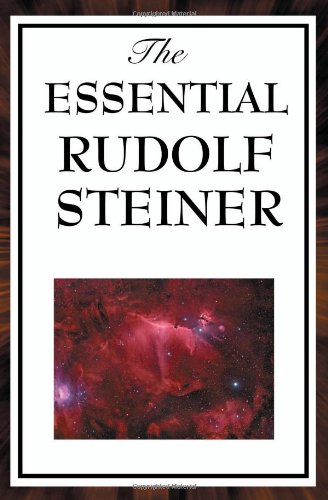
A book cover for The Essential Rudolf Steiner; Rudolf Steiner; Religion & Spirituality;